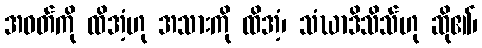
အဝတ်ကို ထိအံ့ဟု အသားကို ထိအံ့၊ သံဃာဒိသိသ်ဟု ဆို၏၊